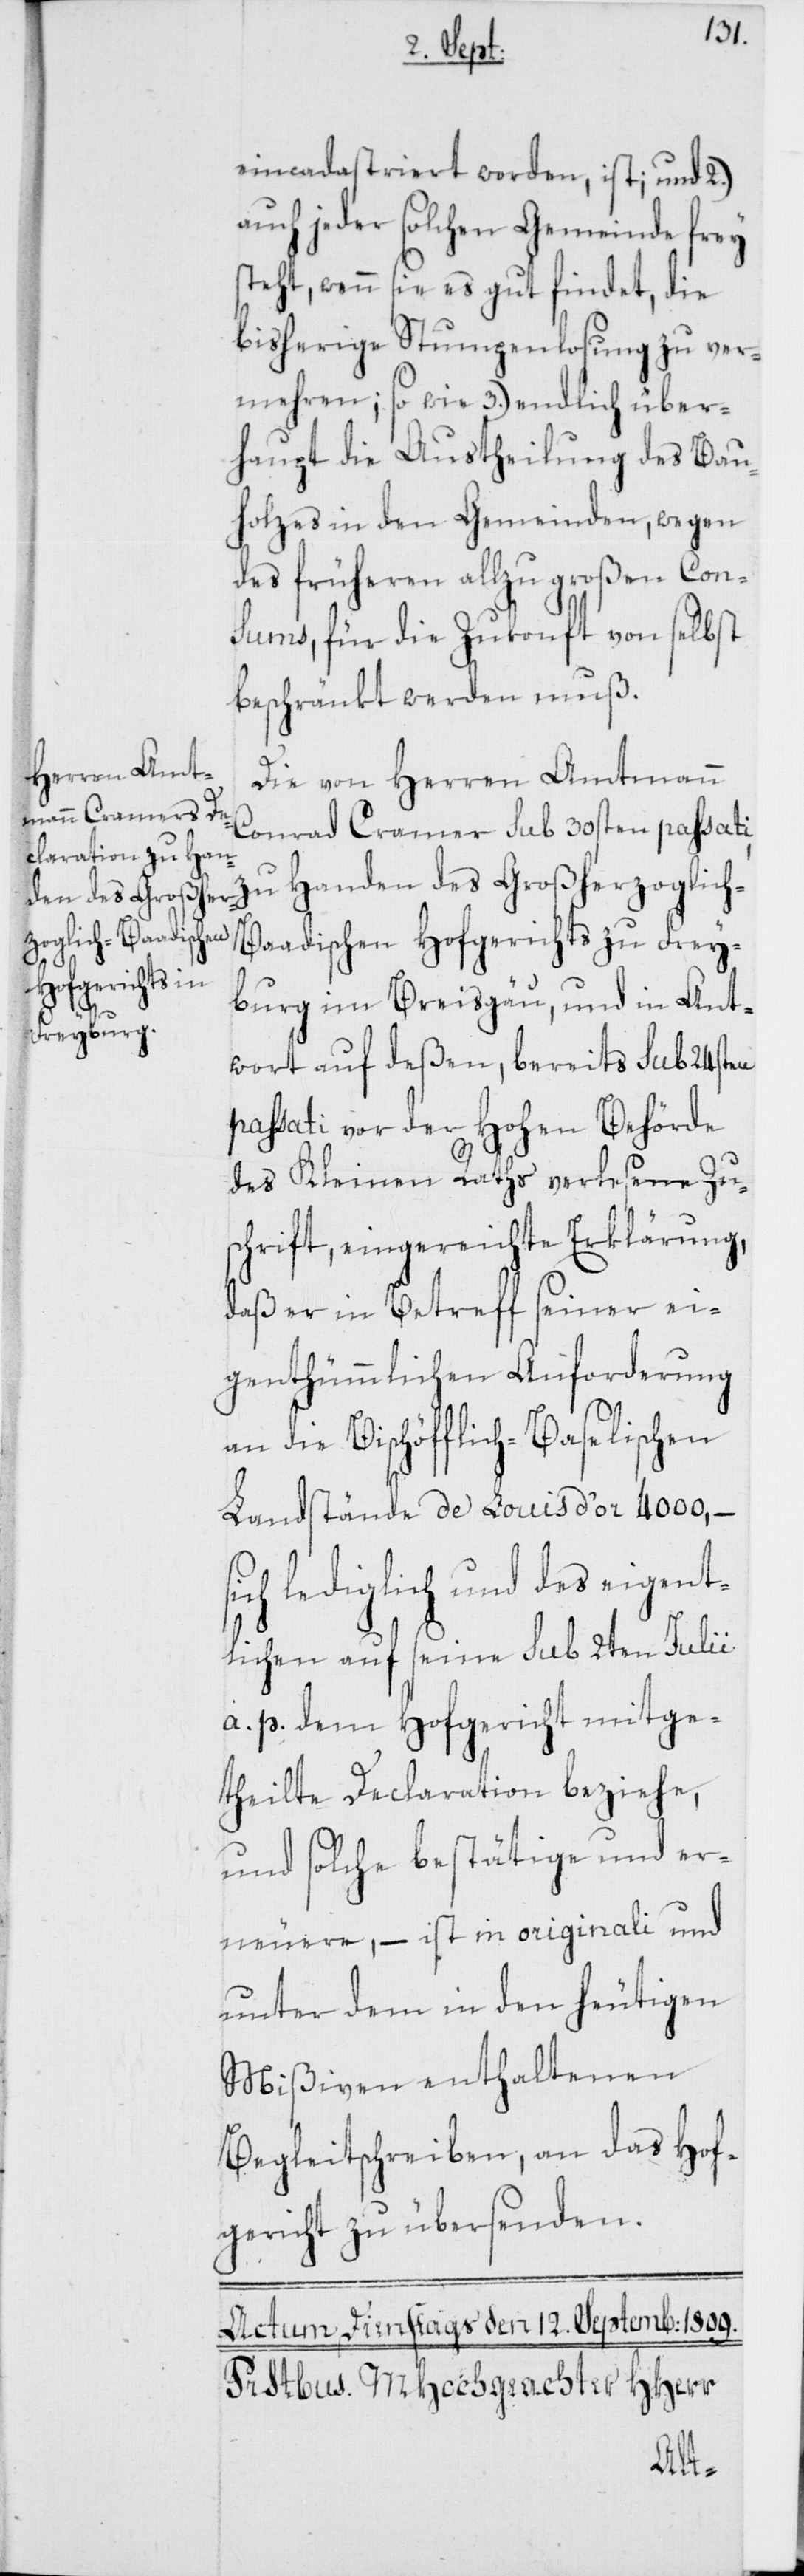
eincadastriert worden, ist; und 2.)
auch jeder solchen Gemeinde frey
teht, wenn sie es gut findet, die
bisherige Stumpenlosung zu ver¬
mehren; so wie 3.) endlich über¬
haupt die Austheilung des Bau¬
holzes in den Gemeinden, wegen
des früheren allzu großen Con¬
sums, für die Zukonft von selbst
beschränkt werden muß.
Die von Herren Amtmann
Conrad Cramer sub 30sten passati,
Großherzoglich-B¬
aadischen Hofgerichts zu Frey¬
burg im Breisgäu, und in Ant¬
wort auf deßen, bereits sub 24sten
passati vor der Hohen Behörde
des Kleinen Raths verlesene Zus¬
chrift, eingereichte Erklärung,
daß er in Betreff seiner ei¬
genthümmlichen Anforderung
an die Bischöfflich-Baselischen
Landstände de Louis d’or 4000, –
ich lediglich und des eigent¬
lichen auf seine sub 2ten Julii
a. p. dem Hofgericht mitge¬
theilte Declaration beziehe,
und solche bestätige und er¬
neuere, – ist in originali und
unter dem in den heutigen
Mißiven enthaltenen
Begleitschreiben an das Hof¬
gericht zu übersenden.
s¬